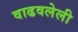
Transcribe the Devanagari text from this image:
वाढवलेली